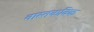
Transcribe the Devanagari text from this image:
वास्तकविक